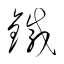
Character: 鐵